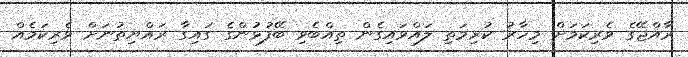
ރާއްޖޭގެ ވެރިކަމަށް މިހާރު ކުރިމަތި ލައްވައިގެން ތިއްބެވި ބޭފުޅުންގެ ގައިގާ ރައްޔިތުނަށް ވެރިކަމެއް